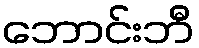
ဘောင်းဘီ